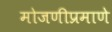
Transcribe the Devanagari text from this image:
मोजणीप्रमाणे